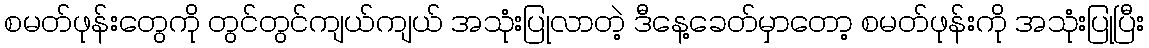
စမတ်ဖုန်းတွေကို တွင်တွင်ကျယ်ကျယ် အသုံးပြုလာတဲ့ ဒီနေ့ခေတ်မှာတော့ စမတ်ဖုန်းကို အသုံးပြုပြီး